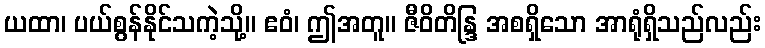
ယထာ၊ ပယ်စွန်နိုင်သကဲ့သို့။ ဧဝံ၊ ဤအတူ။ ဇီဝိတိန္ဒြ အစရှိသော အာရုံရှိသည်လည်း